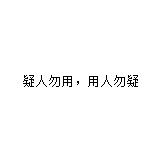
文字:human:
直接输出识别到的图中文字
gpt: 疑人勿用，用人勿疑